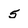
Character: 5